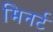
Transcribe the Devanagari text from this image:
मिनर्ट